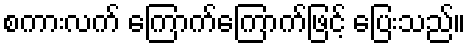
စကားလက် ကြောက်ကြောက်ဖြင့် ပြေးသည်။